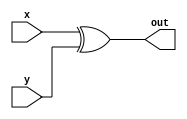
module logic_and(x, y ,out);
  input [1:0] x;
  input [1:0] y;
  output [1:0] out;

  assign out = x ^ y;

endmodule